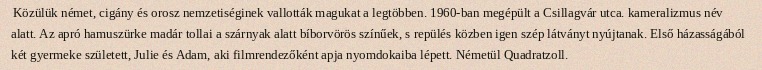
Közülük német, cigány és orosz nemzetiséginek vallották magukat a legtöbben. 1960-ban megépült a Csillagvár utca. kameralizmus név alatt. Az apró hamuszürke madár tollai a szárnyak alatt bíborvörös színűek, s repülés közben igen szép látványt nyújtanak. Első házasságából két gyermeke született, Julie és Adam, aki filmrendezőként apja nyomdokaiba lépett. Németül Quadratzoll.